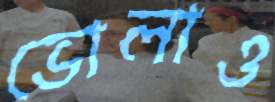
ভোলাও